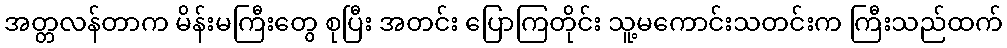
အတ္တလန်တာက မိန်းမကြီးတွေ စုပြီး အတင်း ပြောကြတိုင်း သူ့မကောင်းသတင်းက ကြီးသည်ထက်